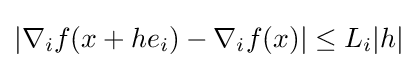
|\nabla _{i}f(x+he_{i})-\nabla _{i}f(x)|\leq L_{i}|h|